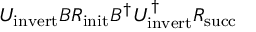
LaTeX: U _ { \mathrm { i n v e r t } } B R _ { \mathrm { i n i t } } B ^ { \dagger } U _ { \mathrm { i n v e r t } } ^ { \dagger } R _ { \mathrm { s u c c } }